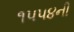
૧૫૫૪ની